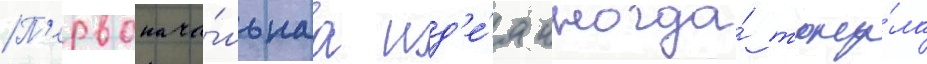
П'ервонача́льнаа ид'е́я иногда́ тону́ла